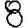
Digit: 8